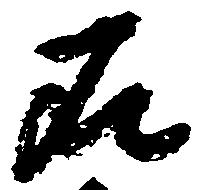
在